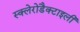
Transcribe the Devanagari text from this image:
स्क्लेरोडैक्टाइली